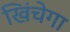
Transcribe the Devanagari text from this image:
खिंचेगा